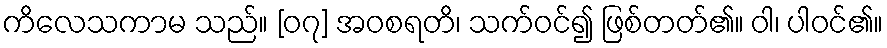
ကိလေသကာမ သည်။ [၀၇] အဝစရတိ၊ သက်ဝင်၍ ဖြစ်တတ်၏။ ဝါ၊ ပါဝင်၏။